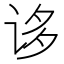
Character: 𰵥